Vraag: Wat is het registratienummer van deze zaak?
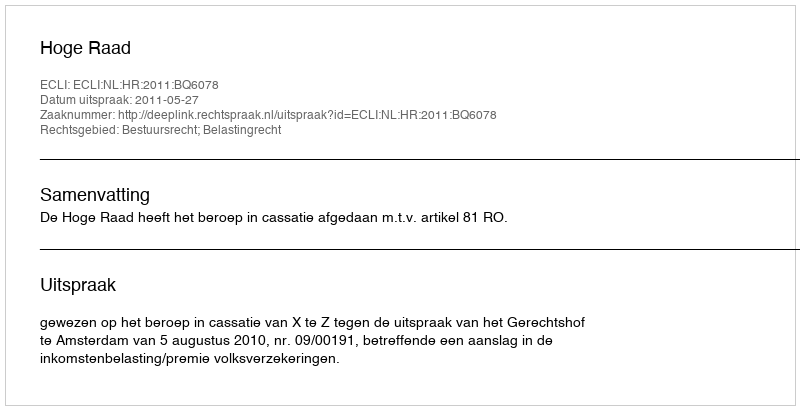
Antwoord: http://deeplink.rechtspraak.nl/uitspraak?id=ECLI:NL:HR:2011:BQ6078